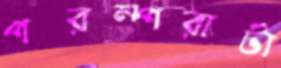
পরম্পরাটা